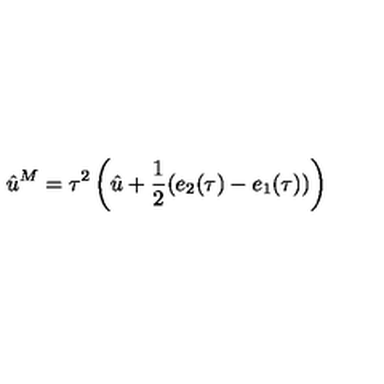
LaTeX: \hat { u } ^ { M } = \tau ^ { 2 } \left( \hat { u } + \frac { 1 } { 2 } ( e _ { 2 } ( \tau ) - e _ { 1 } ( \tau ) ) \right)